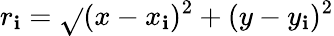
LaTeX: r_{\mathbf{i}}={\sqrt{}{{(x-x_{\mathbf{i}})^{2}+(y-y_{\mathbf{i}})^{2}}}}